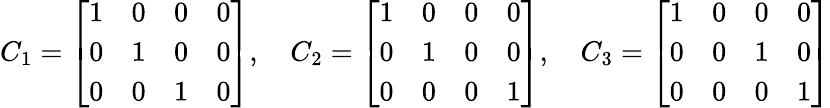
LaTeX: C_{1}=\left[\begin{array}{llll}{1}&{0}&{0}&{0}\\ {0}&{1}&{0}&{0}\\ {0}&{0}&{1}&{0}\end{array}\right],\quad C_{2}=\left[\begin{array}{llll}{1}&{0}&{0}&{0}\\ {0}&{1}&{0}&{0}\\ {0}&{0}&{0}&{1}\end{array}\right],\quad C_{3}=\left[\begin{array}{llll}{1}&{0}&{0}&{0}\\ {0}&{0}&{1}&{0}\\ {0}&{0}&{0}&{1}\end{array}\right]